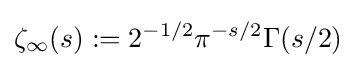
\zeta _{\infty }(s):=2^{-1/2}\pi ^{-s/2}\Gamma (s/2)